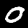
Label: 0